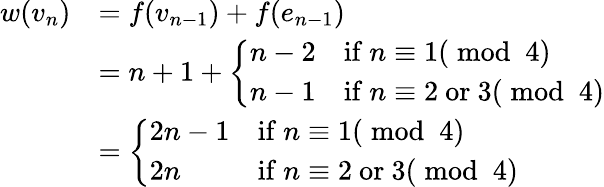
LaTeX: \begin{array}{rl}{w(v_{n})}&{=f(v_{n-1})+f(e_{n-1})}\\ &{=n+1+\left\{ \begin{array}{ll}{n-2}&{\mathrm{if~}n\equiv 1(\bmod~4)}\\ {n-1}&{\mathrm{if~}n\equiv 2\mathrm{~or~}3(\bmod~4)}\end{array}\right.}\\ &{=\left\{ \begin{array}{ll}{2n-1}&{\mathrm{if~}n\equiv 1(\bmod~4)}\\ {2n}&{\mathrm{if~}n\equiv 2\mathrm{~or~}3(\bmod~4)}\end{array}\right.}\end{array}